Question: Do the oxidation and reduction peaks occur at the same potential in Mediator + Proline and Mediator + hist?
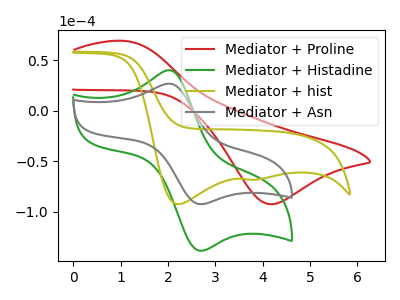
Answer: <think>The red curve "Mediator + Proline" has an anodic peak at (1.05V, 69.25uA) and a cathodic peak at (4.15V, -92.65uA). The green curve "Mediator + Histadine" has an anodic peak at (2.05V, 40.05uA) and a cathodic peak at (2.70V, -138.90uA). The olive curve "Mediator + hist" has cathodic peaks at (2.20V, -92.75uA) (3.70V, -68.45uA). The gray curve "Mediator + Asn" has an anodic peak at (2.05V, 26.75uA) and a cathodic peak at (2.70V, -92.75uA).</think>
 <answer>No, "Mediator + Proline" and "Mediator + hist" have at least one peak that does not match.</answer>
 <eval>mismatch</eval>